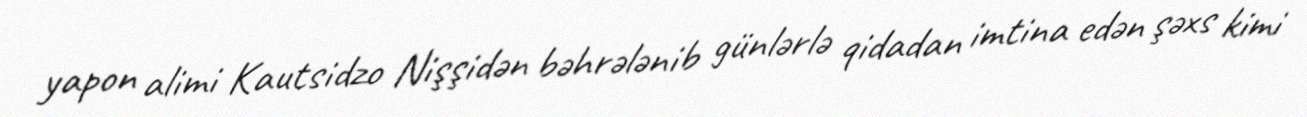
yapon alimi Kautsidzo Nişşidən bəhrələnib günlərlə qidadan imtina edən şəxs kimi